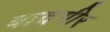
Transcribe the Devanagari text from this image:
बादगीर